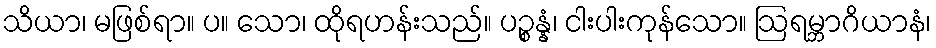
သိယာ၊ မဖြစ်ရာ။ ပ။ သော၊ ထိုရဟန်းသည်။ ပဉ္စန္နံ၊ ငါးပါးကုန်သော။ ဩရမ္ဘာဂိယာနံ၊